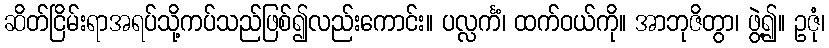
ဆိတ်ငြိမ်းရာအရပ်သို့ကပ်သည်ဖြစ်၍လည်းကောင်း။ ပလ္လင်္ကံ၊ ထက်ဝယ်ကို။ အာဘုဇိတွာ၊ ဖွဲ့၍။ ဥဇုံ၊